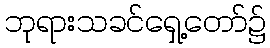
ဘုရားသခင်ရှေ့တော်၌